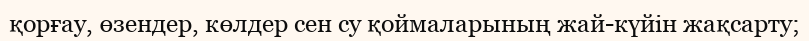
қорғау, өзендер, көлдер сен су қоймаларының жай-күйін жақсарту;